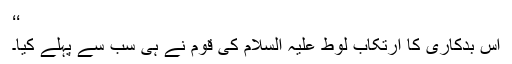
‘‘
اس بدکاری کا ارتکاب لوط علیہ السلام کی قوم نے ہی سب سے پہلے کیا۔